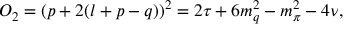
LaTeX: O _ { 2 } = ( p + 2 ( l + p - q ) ) ^ { 2 } = 2 \tau + 6 m _ { q } ^ { 2 } - m _ { \pi } ^ { 2 } - 4 \nu ,